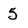
Character: 5